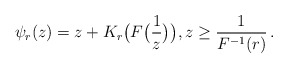
\begin{align*}\psi_r(z)=z+ K_r\big(F\big(\frac{1}{z}\big)\big), z \ge\frac{1}{F^{-1}(r)}\,.\end{align*}